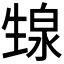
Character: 𬎺